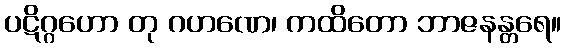
ပဋိဂ္ဂဟော တု ဂဟဏေ၊ ကထိတော ဘာဇနန္တရေ။